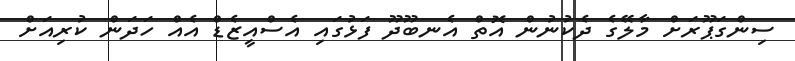
ސިންގަޕޫރަށް މާލޭގެ ދެކުނުން އޮތް އެނބޫދޫ ފަޅުގައި އެސްއީޒެޑް އެއް ހަދަން ކުރިއަށް